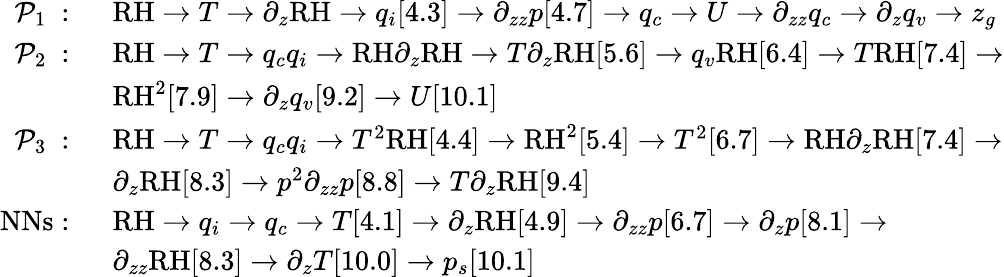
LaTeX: \begin{array}{rl}{\mathrm{~\mathcal{P}_1~:~}}&{\mathrm{RH}\rightarrow T\rightarrow\partial_{z}\mathrm{RH}\rightarrow q_{i}[4.3]\rightarrow\partial_{zz}p[4.7]\rightarrow q_{c}\rightarrow U\rightarrow\partial_{zz}q_{c}\rightarrow\partial_{z}q_{v}\rightarrow z_{g}}\\ {\mathrm{~\mathcal{P}_2~:~}}&{\mathrm{RH}\rightarrow T\rightarrow q_{c}q_{i}\rightarrow\mathrm{RH}\partial_{z}\mathrm{RH}\rightarrow T\partial_{z}\mathrm{RH}[5.6]\rightarrow q_{v}\mathrm{RH}[6.4]\rightarrow T\mathrm{RH}[7.4]\rightarrow}\\ &{\mathrm{RH}^{2}[7.9]\rightarrow\partial_{z}q_{v}[9.2]\rightarrow U[10.1]}\\ {\mathrm{~\mathcal{P}_3~:~}}&{\mathrm{RH}\rightarrow T\rightarrow q_{c}q_{i}\rightarrow T^{2}\mathrm{RH}[4.4]\rightarrow\mathrm{RH}^{2}[5.4]\rightarrow T^{2}[6.7]\rightarrow\mathrm{RH}\partial_{z}\mathrm{RH}[7.4]\rightarrow}\\ &{\partial_{z}\mathrm{RH}[8.3]\rightarrow p^{2}\partial_{zz}p[8.8]\rightarrow T\partial_{z}\mathrm{RH}[9.4]}\\ {\mathrm{NNs:~}}&{\mathrm{RH}\rightarrow q_{i}\rightarrow q_{c}\rightarrow T[4.1]\rightarrow\partial_{z}\mathrm{RH}[4.9]\rightarrow\partial_{zz}p[6.7]\rightarrow\partial_{z}p[8.1]\rightarrow}\\ &{\partial_{zz}\mathrm{RH}[8.3]\rightarrow\partial_{z}T[10.0]\rightarrow p_{s}[10.1]}\end{array}